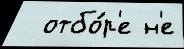
  отбо́р'е н'е